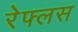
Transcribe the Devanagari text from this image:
रेफ्लस